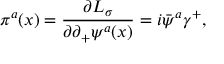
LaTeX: \pi ^ { a } ( x ) = { \frac { \partial { \cal L } _ { \sigma } } { \partial \partial _ { + } \psi ^ { a } ( x ) } } = i \bar { \psi } ^ { a } \gamma ^ { + } ,